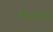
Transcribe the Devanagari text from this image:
हैं।तहसील